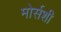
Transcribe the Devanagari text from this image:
मोर्सशी